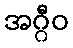
အဂ္ဂီဝ